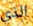
الذي